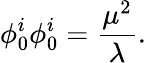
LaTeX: \phi_{0}^{i}\phi_{0}^{i}={\frac{\mu^{2}}{\lambda}}.